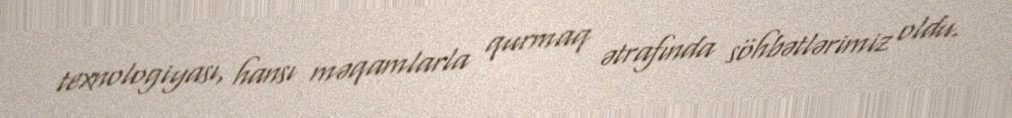
texnologiyası, hansı məqamlarla qurmaq ətrafında söhbətlərimiz oldu.